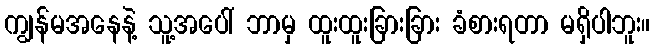
ကျွန်မအနေနဲ့ သူ့အပေါ် ဘာမှ ထူးထူးခြားခြား ခံစားရတာ မရှိပါဘူး။